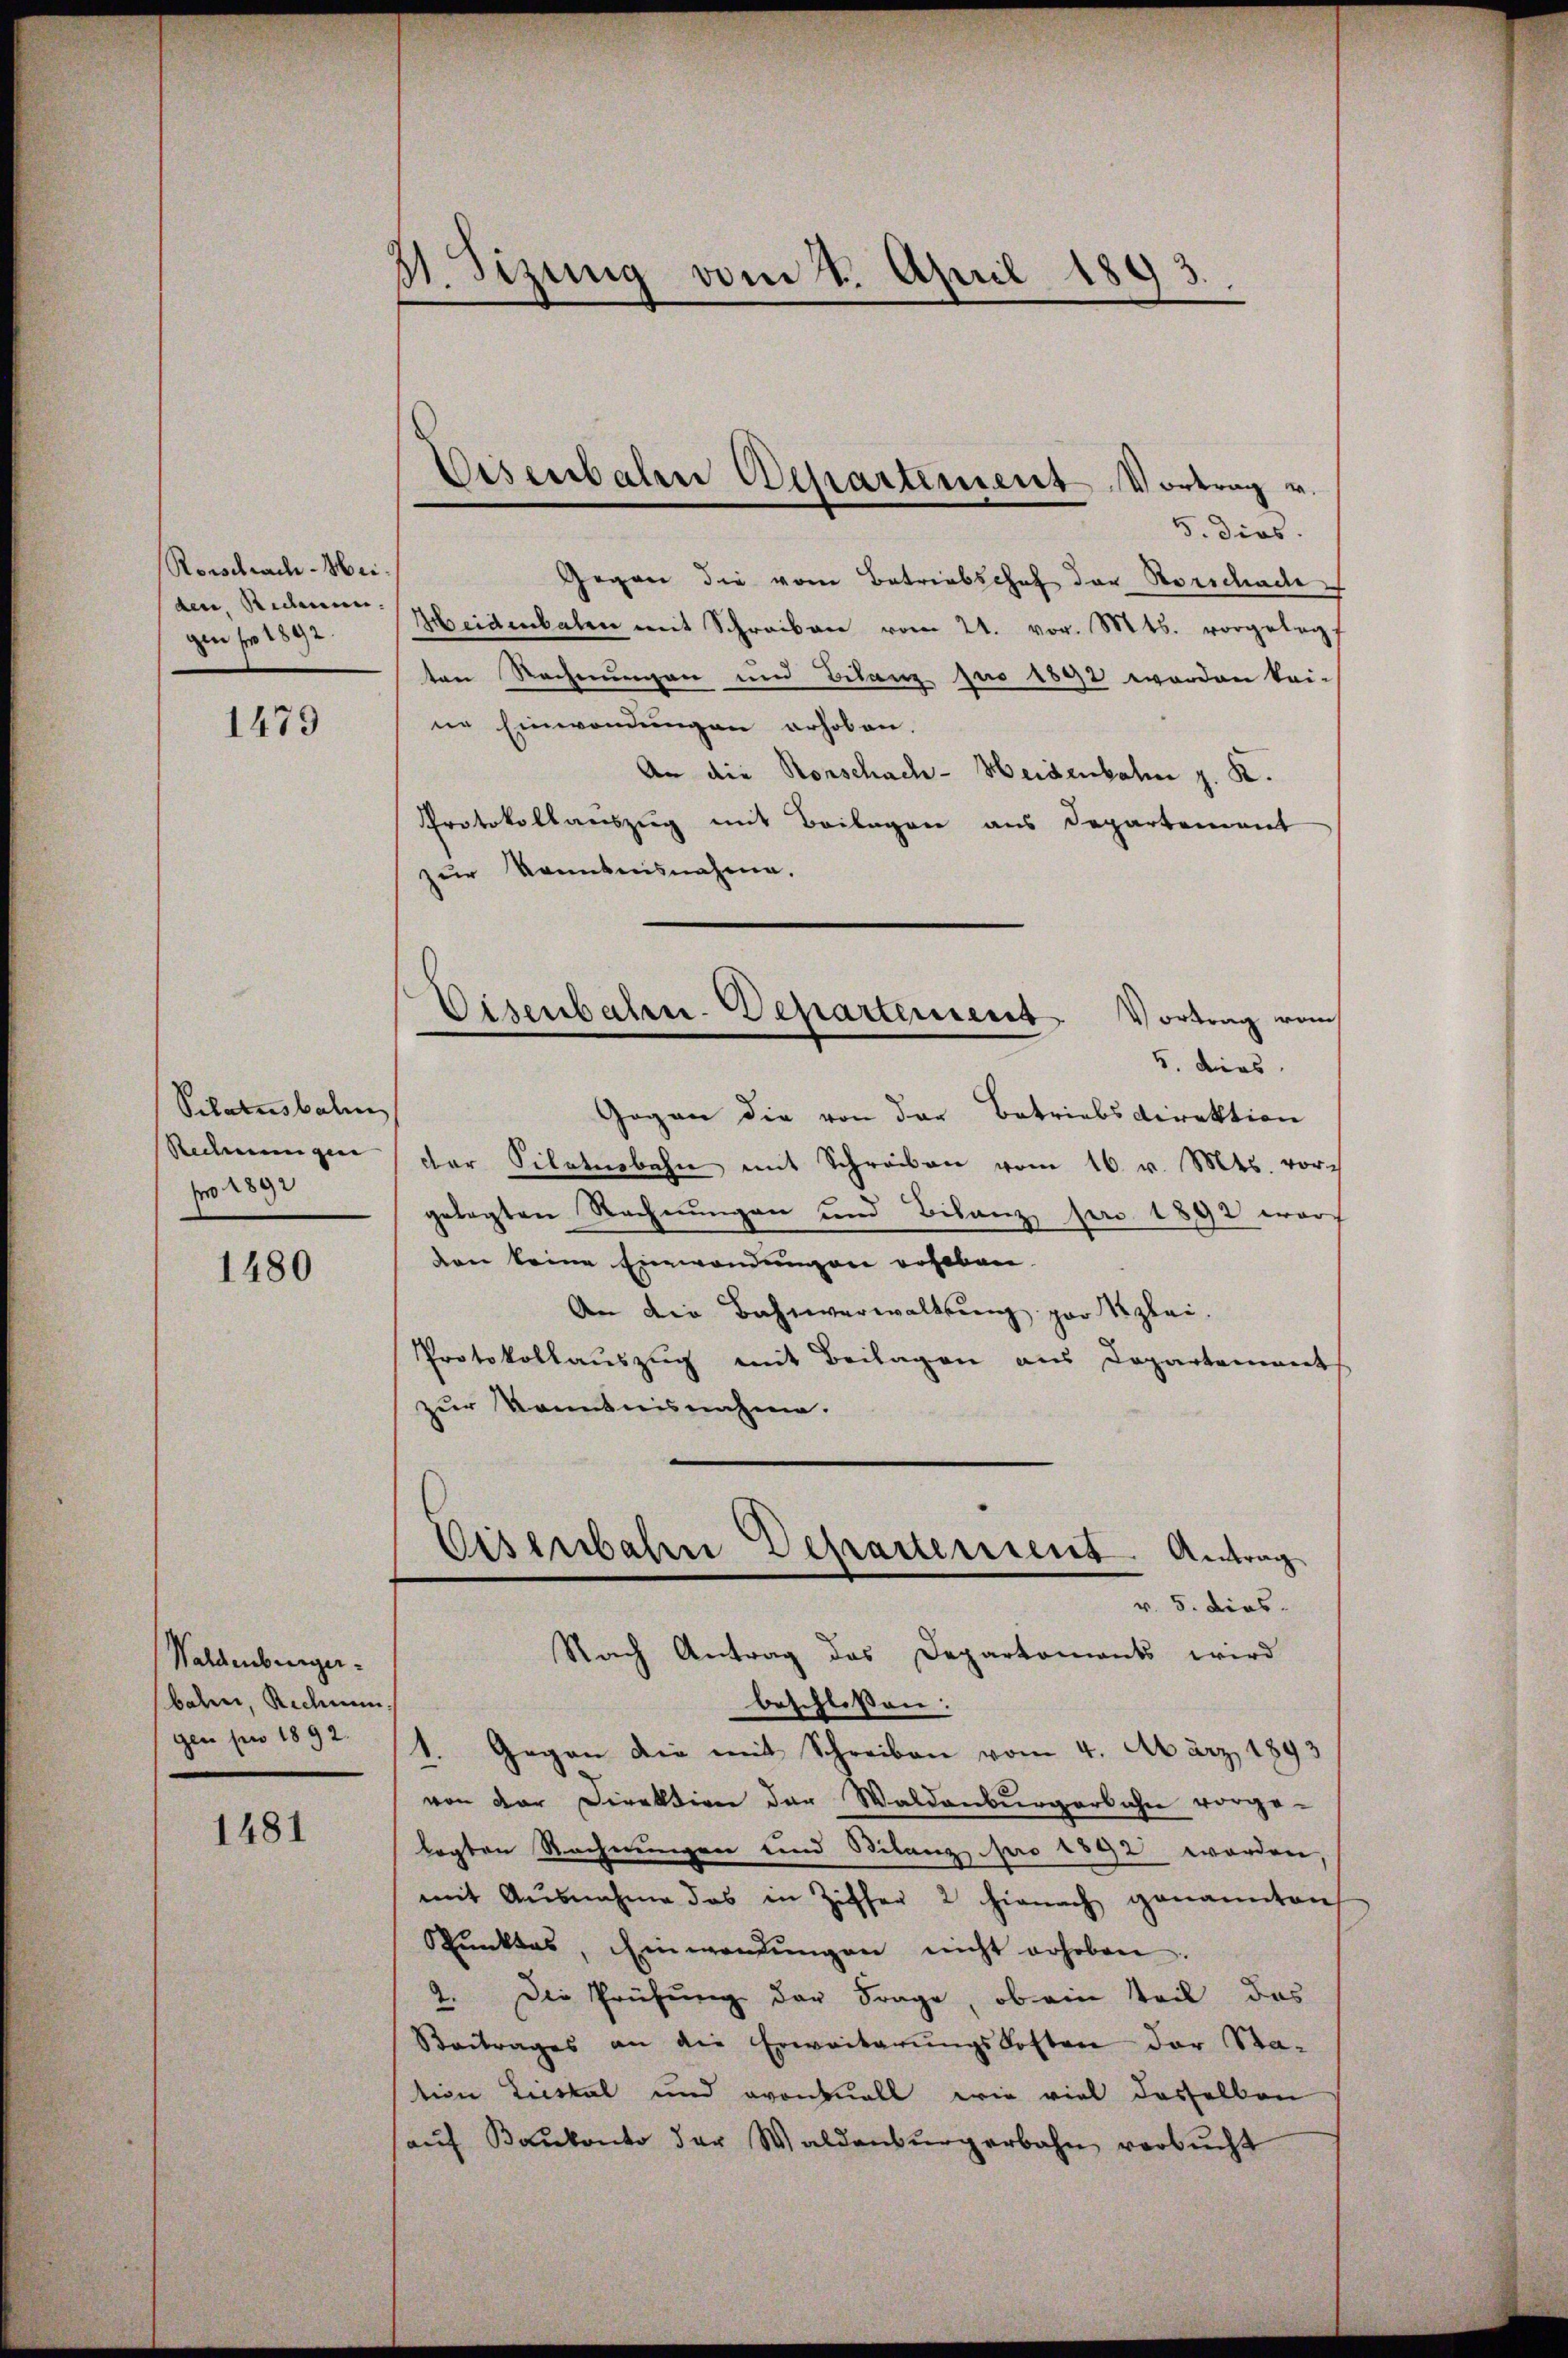
Rorschrach-Mei
den Sidmen.
gen für 1892.

1479

Pilotusbahn
Redmungen
fro 1892

1480

Waldenburgerbahn, Rechnen
gen pr 1892.

1481

41. Sizung vom 2. April 1893.

Eisenbalen Departement Vortrag u.

5. dies
Gegen die vom Betriebschof der Vorschade
Heidenbaten mit Schreiben vom 21. vor. Mts. vorgelegt
ten Rechnungen und Bilanz pro 1892 worden kei-
ne Einwendungen erhoben.
An die Rorschach-Heidenbahn z. R.
Protokollauszug mit Beilagen aus Departement
zur konntensnahme.
Gegen die von der Betriebsdirektion
der Silotenbahn mit Schreiben vom 16. v. Mts. vorgelegten Rechnungen und Bilanz pro 1892 worden keine Einwendungen erheben.
An die Bahnverwaltung par Kzlei.
Protokollauszug mit Beilagen aus Departement
zur Kenntnisnahme.
Eisenbahn Departerrent Antrag
v. 5. Dies
Nach Antrag des Departements wird
beschloßen:
1. Gegen die mit Schreiben vom 4. März 1893
von der Direktion der Waldenburgerbahn vorge-
legten Rechnungen und Bilanz, pro 1892 worden,
mit Ausnahme das in Ziffer 2 hienach genannten
Spŭnktes, Einwendŭngen nicht erhoben.
2. Die Prüfung der Frage, ob ein Teil das
Beitrages an die Erweiterŭngskosten der Sta-
tion Liestal und eventuell wie viel dasselben
aŭf Bankonto der Waldenbŭrgerbahn verbŭcht

Disenbahn-Departement. Vortrag vom
5. dies